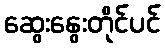
ဆွေးနွေးတိုင်ပင်